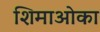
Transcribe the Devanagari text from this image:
शिमाओका